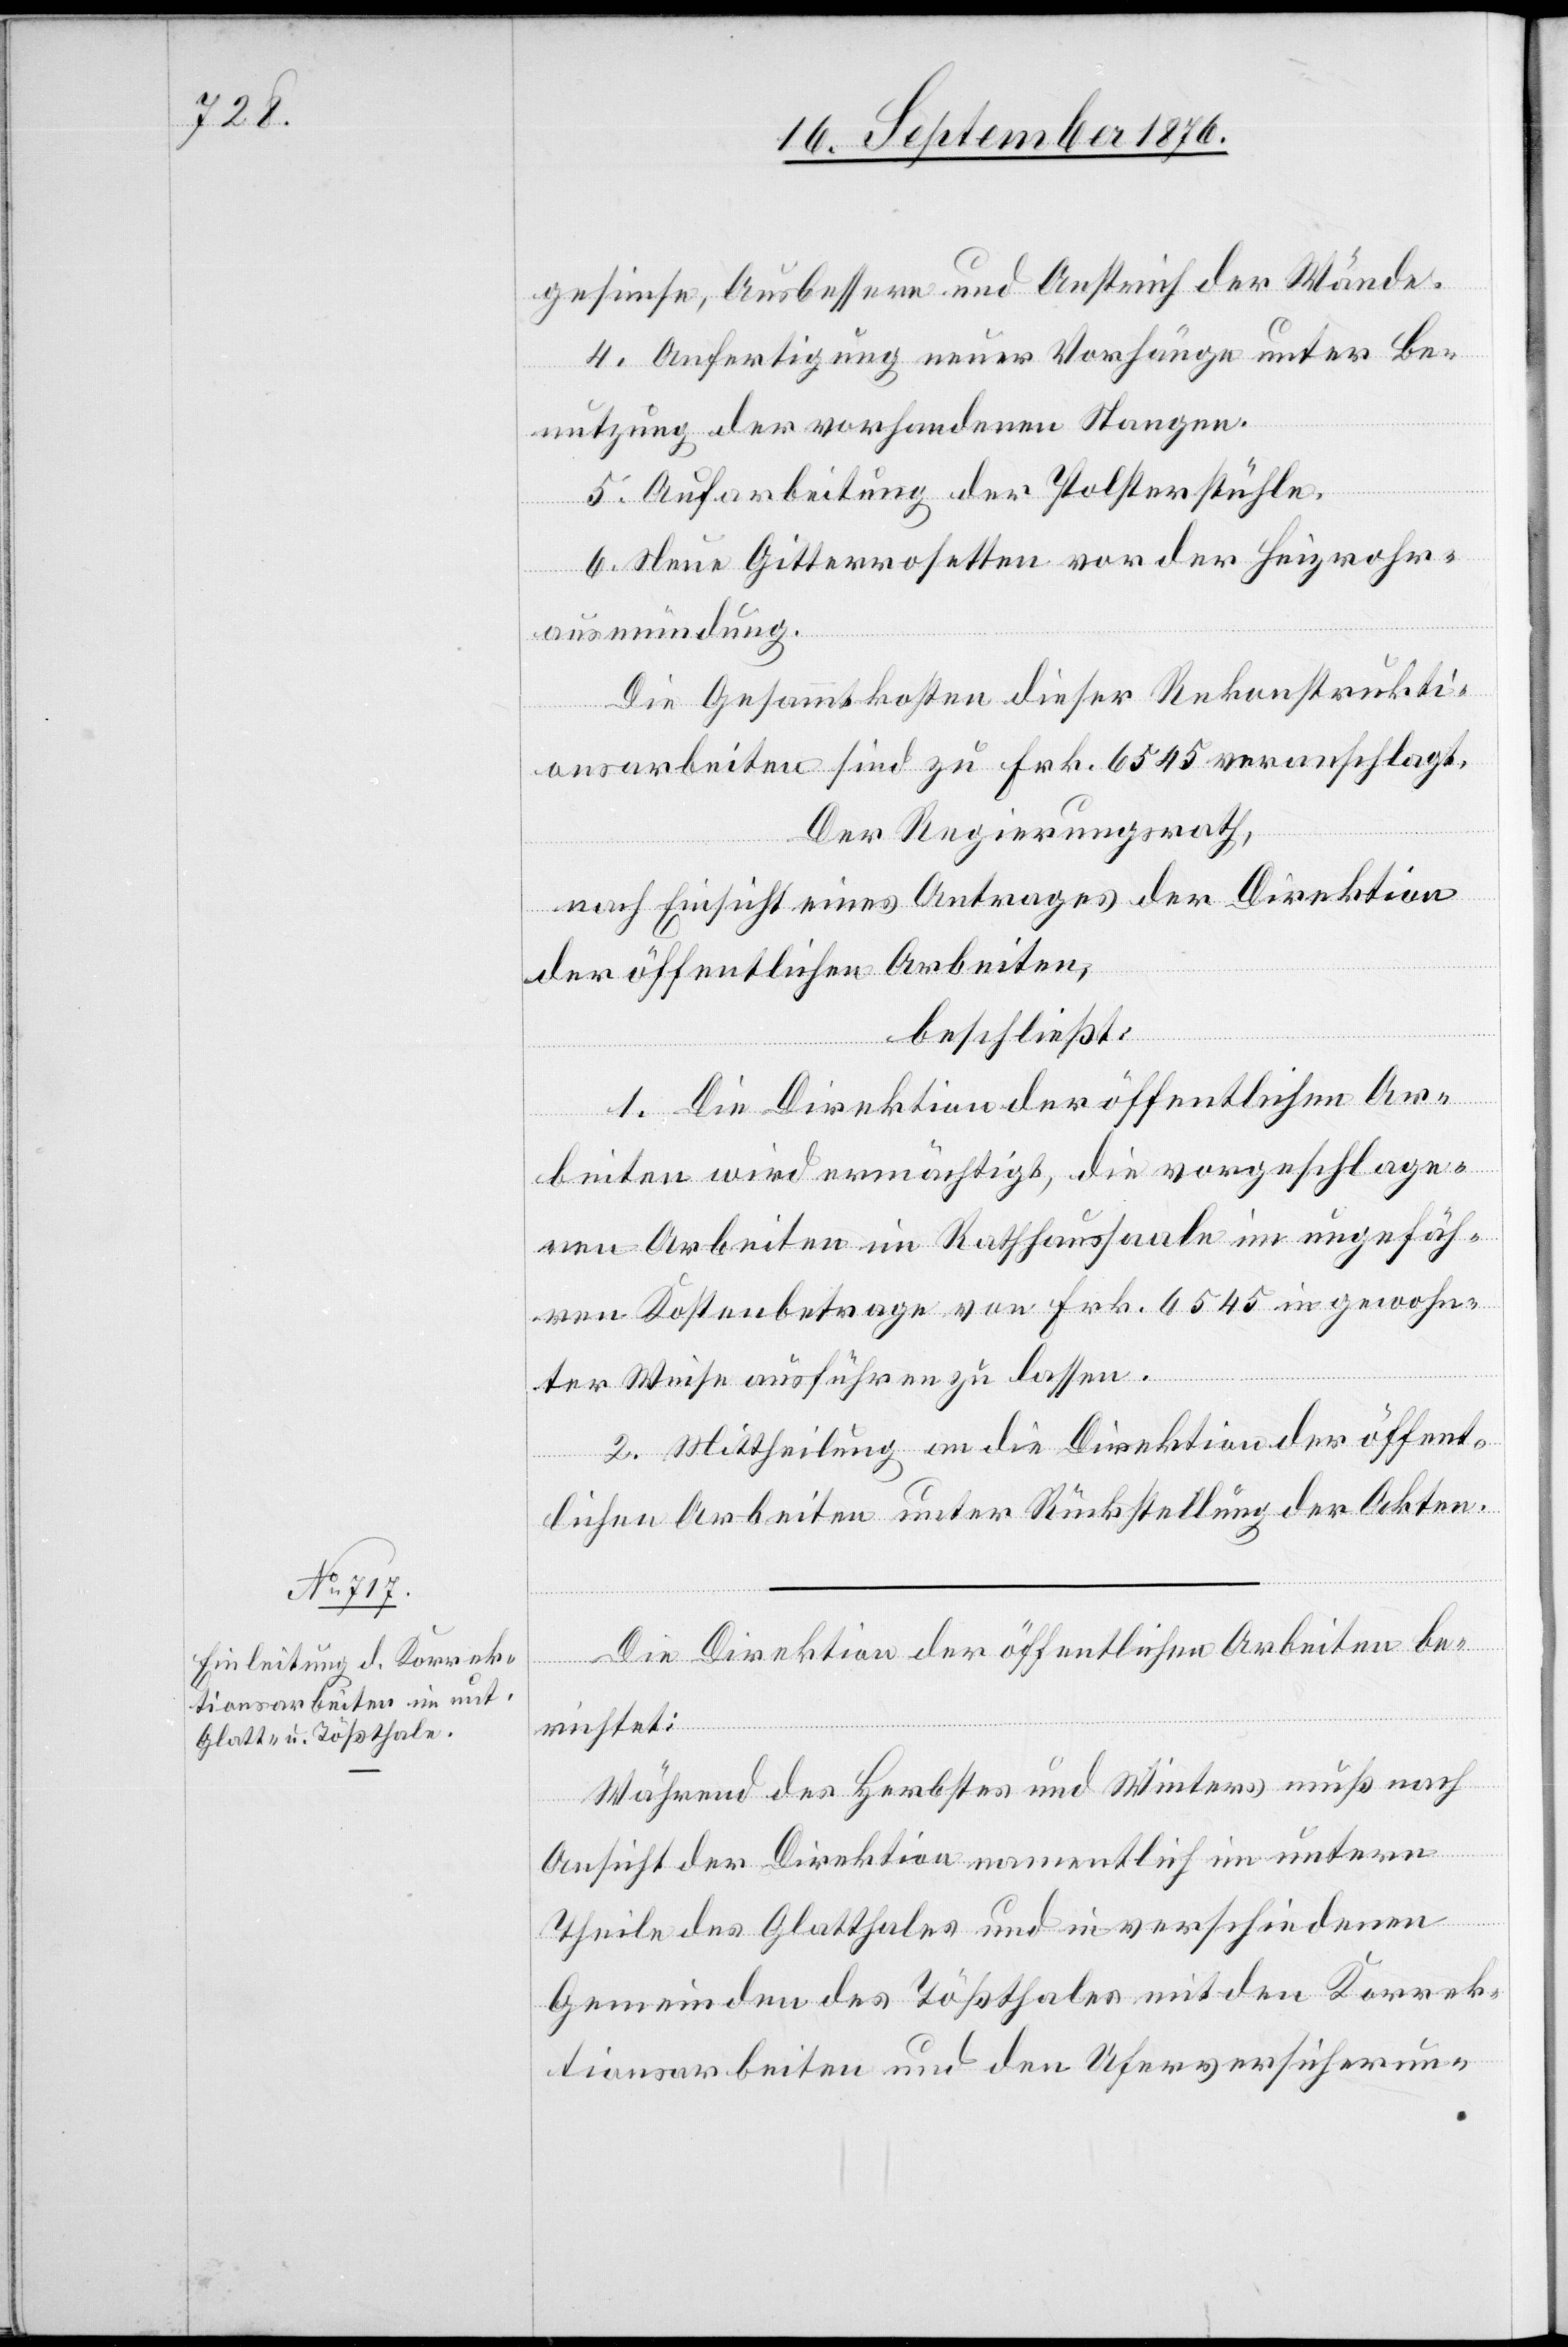
gesimse, Ausbessern und Anstrich der Wände.
4. Anfertigung neuer Vorhänge unter Be¬
nutzung der vorhandenen Stangen.
5. Aufarbeitung der Polsterstühle.
6. Neue Gitterrosetten vor der Heizrohr¬
ausmündung.
Die Gesammtkosten dieser Rekonstrukti¬
onsarbeiten sind zu Frk. 6545 veranschlagt.
Der Regierungsrath,
nach Einsicht eines Antrages der Direktion
der öffentlichen Arbeiten,
beschließt:
1. Die Direktion der öffentlichen Ar¬
beiten wird ermächtigt, die vorgeschlage¬
nen Arbeiten im Rathhaussaale im ungefäh¬
ren Kostenbetrage von Frk. 6545 in gewohn¬
ter Weise ausführen zu lassen.
2. Mittheilung an die Direktion der öffent¬
lichen Arbeiten unter Rückstellung der Akten.
Die Direktion der öffentlichen Arbeiten be¬
richtet:
Während des Herbstes und Winters muß nach
Ansicht der Direktion namentlich im untern
Theile des Glattthales und in verschiedenen
Gemeinden des Tößthales mit den Korrek¬
tionsarbeiten und den Uferversicherun-